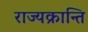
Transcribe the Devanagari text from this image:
राज्यक्रान्ति